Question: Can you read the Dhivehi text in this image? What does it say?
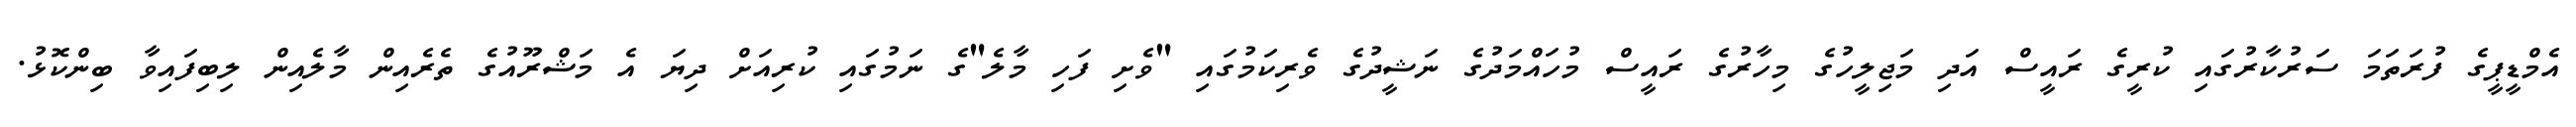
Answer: އެމްޑީޕީގެ ފުރަތަމަ ސަރުކާރުގައި ކުރީގެ ރައީސް އަދި މަޖިލީހުގެ މިހާރުގެ ރައީސް މުހައްމަދުގެ ނަޝީދުގެ ވެރިކަމުގައި "ވެށި ފަހި މާލެ"ގެ ނަމުގައި ކުރިއަށް ދިޔަ އެ މަޝްރޫއުގެ ތެރެއިން މާލެއިން ލިބިފައިވާ ބިންކޮޅު.